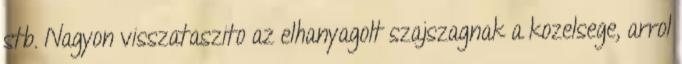
stb. Nagyon visszataszito az elhanyagolt szajszagnak a kozelsege, arrol